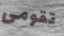
تقومى